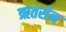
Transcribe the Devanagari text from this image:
ऋतसेन